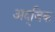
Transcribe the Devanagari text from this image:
अद्जिक